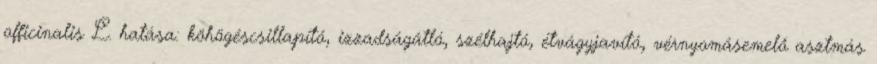
officinalis L. hatása: köhögéscsillapító, izzadságátló, szélhajtó, étvágyjavító, vérnyomásemelő asztmás